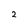
Character: 2